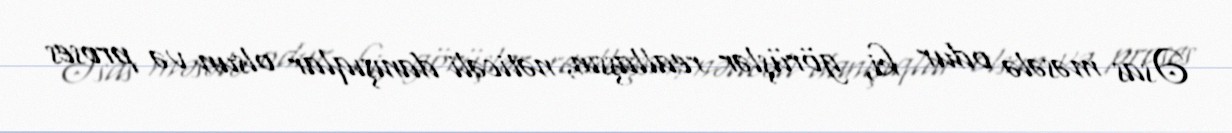
Əsas məsələ odur ki, görüşlər reallaşsın, nəticəli danışıqlar olsun və proses